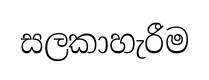
සලකාහැරීම